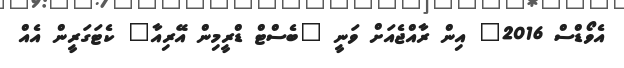
އެވޯޑްސް 2016" އިން ރާއްޖެއަށް ވަނީ "ބެސްޓް ޑްރީމިން އޭރިއާ" ކެޓަގަރީން އެއް